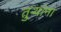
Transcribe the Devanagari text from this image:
तुऱ्यांना